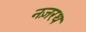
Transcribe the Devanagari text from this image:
नज़रथ